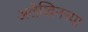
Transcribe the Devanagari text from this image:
अलेखिनच्या